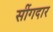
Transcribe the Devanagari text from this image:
सींगदार